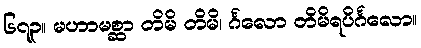
၆၇၃။ မဟာမစ္ဆာ တိမိ တိမိ၊ င်္ဂလော တိမိရပိင်္ဂလော။